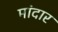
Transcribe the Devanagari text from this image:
मांदार